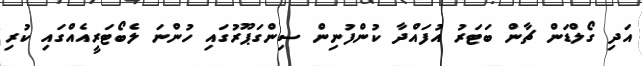
އަދި ގޯލްޑަން ޗާން ބަޓަރު އުފައްދާ ކުންފުނިން ސިންގަޕޫރުގައި ހުންނަ ލެބޯޓަރީއެއްގައި ކުރި